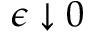
\epsilon \downarrow 0